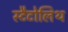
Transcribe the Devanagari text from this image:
स्टैटोलिथ